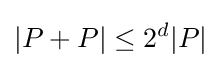
|P+P|\leq 2^{d}|P|